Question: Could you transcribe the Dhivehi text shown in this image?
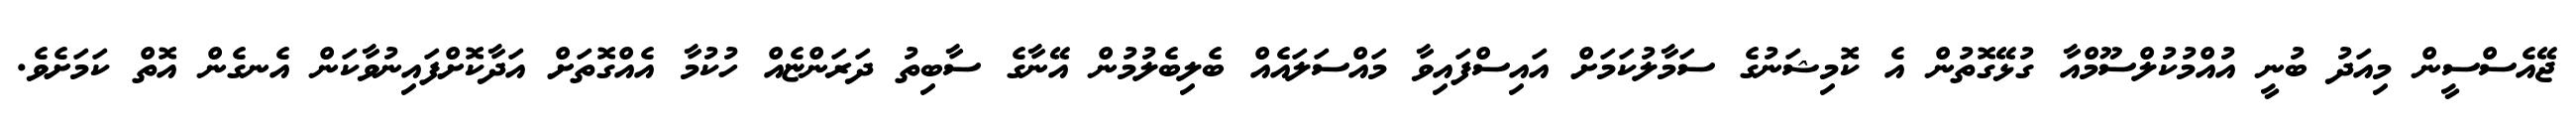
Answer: ޖޭއެސްސީން މިއަދު ބުނީ އުއްމުކުލްސޫމްއާ ގުޅޭގޮތުން އެ ކޮމިޝަނުގެ ސަމާލުކަމަށް އައިސްފައިވާ މައްސަލައެއް ބެލިބެލުމުން އޭނާގެ ސާބިތު ދަރަންޏެއް ހުކުމާ އެއްގޮތަށް އަދާކޮށްފައިނުވާކަން އެނގެން އޮތް ކަމަށެވެ.